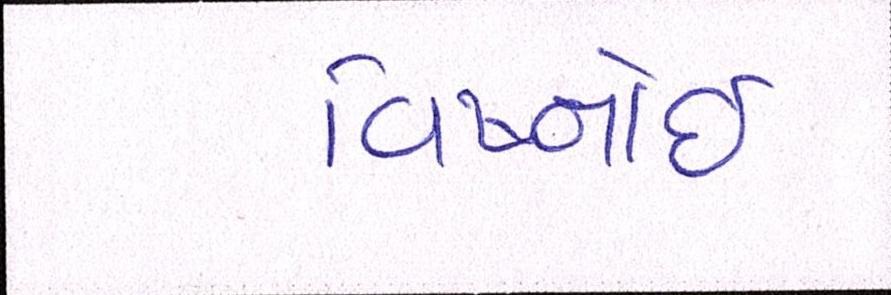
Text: વિષ્નોઈ